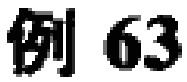
例 63